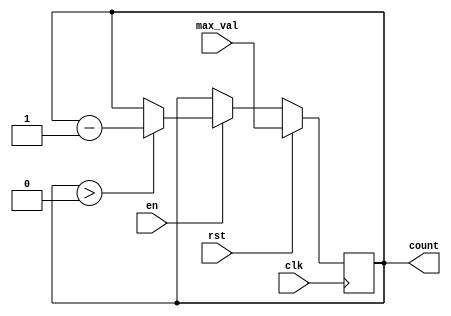
module down_counter (
    input wire clk,         // Clock signal
    input wire en,          // Enable signal
    input wire rst,         // Reset signal
    input wire [n-1:0] max_val, // Maximum value (initial value)
    output reg [n-1:0] count // Counter value
);
    parameter n = 8; // Define the bit width of the counter

    // Synchronous process for counter
    always @(posedge clk) begin
        if (rst) begin
            count <= max_val; // Reset counter to max_val
        end else if (en) begin
            if (count > 0) begin
                count <= count - 1; // Decrement counter if enabled
            end
            // If count is 0, it retains the value
        end
        // If enable is low, retain current count value
    end
endmodule